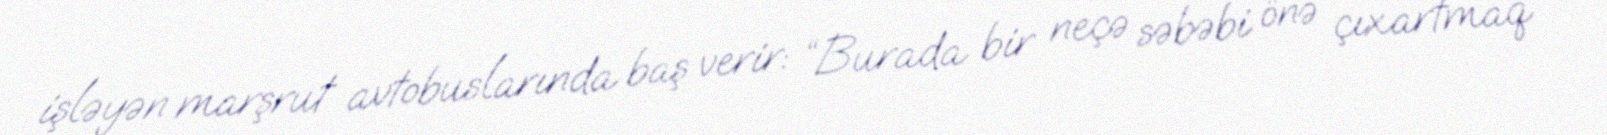
işləyən marşrut avtobuslarında baş verir: “Burada bir neçə səbəbi önə çıxartmaq